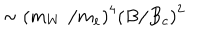
\sim \left( m _ { W } \, \, / m _ { e } \right) ^ { 4 } \left( B / B _ { c } \right) ^ { 2 }